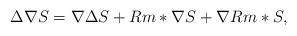
LaTeX: \begin{align*} \Delta \nabla S=\nabla\Delta S+Rm*\nabla S+\nabla Rm*S,\end{align*}